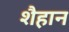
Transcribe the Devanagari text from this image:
शैहान